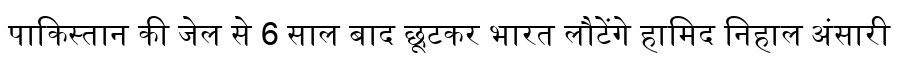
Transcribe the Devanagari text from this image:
पाकिस्तान की जेल से 6 साल बाद छूटकर भारत लौटेंगे हामिद निहाल अंसारी